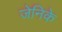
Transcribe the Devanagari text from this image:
जेनिके